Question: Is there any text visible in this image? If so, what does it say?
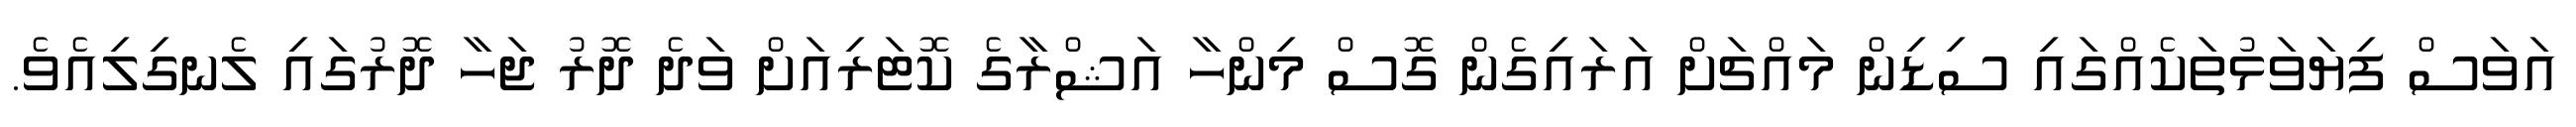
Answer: އަވަސް ފިޔަވަޅުތަކެއްގައި ސިޑިން މައްޗަށް އަރައިގެން ގޮސް މިންހާ އަޝްރާގެ ކޮޓަރިއަށް ވަދެ ދޮރު ޖަހާ ދޮރުގައި ލެނގިލިއެވެ.